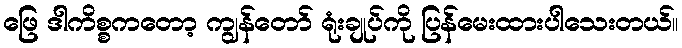
ဖြေ ဒါကိစ္စကတော့ ကျွန်တော် ရုံးချုပ်ကို ပြန်မေးထားပါသေးတယ်။